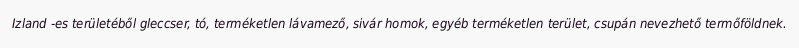
Izland -es területéből gleccser, tó, terméketlen lávamező, sivár homok, egyéb terméketlen terület, csupán nevezhető termőföldnek.